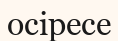
осіресе